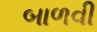
બાળવી